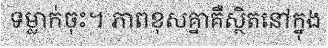
ទម្លាក់ចុះ។ ភាពខុសគ្នាគឺស្ថិតនៅក្នុង